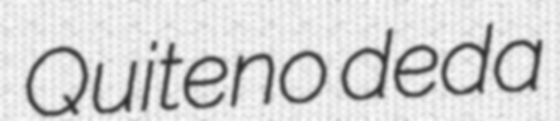
Quiteno deda